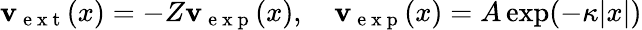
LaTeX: \mathbf{v}_{\mathrm{{~e~x~t~}}}(x)=-Z\mathbf{v}_{\mathrm{{~e~x~p~}}}(x),\quad\mathbf{v}_{\mathrm{{~e~x~p~}}}(x)=A\exp(-\kappa|x|)